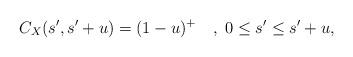
LaTeX: \begin{align*} C_X(s', s'+u) = (1-u)^+\quad, ~0\leq s'\leq s'+u , \end{align*}